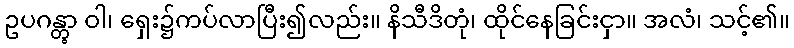
ဥပဂန္တွာ ဝါ၊ ရှေး၌ကပ်လာပြီး၍လည်း။ နိသီဒိတုံ၊ ထိုင်နေခြင်းငှာ။ အလံ၊ သင့်၏။